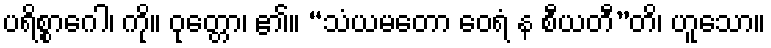
ပရိစ္စာဂေါ၊ ကို။ ဝုတ္တော၊ ၏။ “သံယမတော ဝေရံ န စီယတီ”တိ၊ ဟူသော။